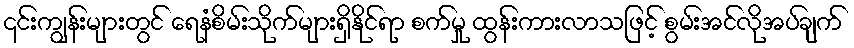
၎င်းကျွန်းများတွင် ရေနံစိမ်းသိုက်များရှိနိုင်ရာ စက်မှု ထွန်းကားလာသဖြင့် စွမ်းအင်လိုအပ်ချက်